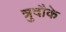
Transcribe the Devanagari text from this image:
त्रुदौके